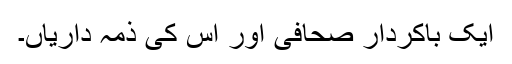
ایک باکردار صحافی اور اس کی ذمہ داریاں۔